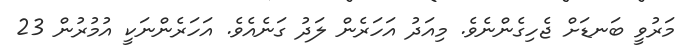
މަރުވީ ބަނޑަށް ޖެހިގެންނެވެ. މިއަދު އަހަރެން ލަދު ގަނެއެވެ. އަހަރެންނަކީ އުމުރުން 23